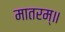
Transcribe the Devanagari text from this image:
मातरम्॥